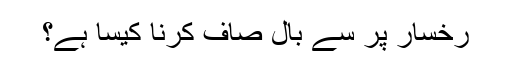
رخسار پر سے بال صاف کرنا کیسا ہے؟